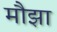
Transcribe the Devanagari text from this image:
मौझा